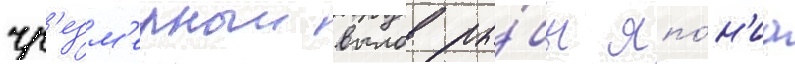
чр'езм'ерныи вылов ры́бы япо́н'иа